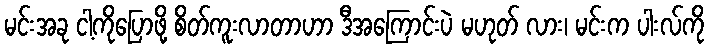
မင်းအခု ငါ့ကိုပြောဖို့ စိတ်ကူးလာတာဟာ ဒီအကြောင်းပဲ မဟုတ် လား၊ မင်းက ပါးလ်ကို